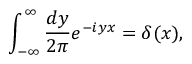
\int _ { - \infty } ^ { \infty } \frac { d y } { 2 \pi } e ^ { - i y x } = \delta ( x ) ,